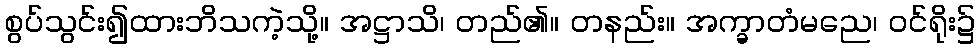
စွပ်သွင်း၍ထားဘိသကဲ့သို့။ အဋ္ဌာသိ၊ တည်၏။ တနည်း။ အက္ခာတံမညေ၊ ဝင်ရိုး၌